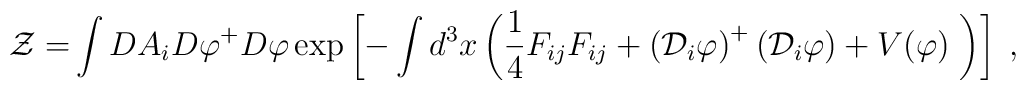
\mathcal{Z=}\int DA_{i}D\varphi ^{+}D\varphi \exp \left[ -\int d^{3}x\left( \frac{1}{4}F_{ij}F_{ij}+\left( \mathcal{D}_{i}{\varphi }\right) ^{+}\left( \mathcal{D}_{i}{\varphi }\right) +V(\varphi )\;\right) \right] \;,